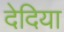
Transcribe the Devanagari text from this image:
देदिया